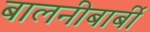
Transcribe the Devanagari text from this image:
बालनीबार्बी